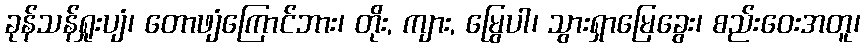
ခုန်သန်ရှုးပျံ၊ တောဖျံကြောင်ဘား၊ တိုး, ကျား, မြွေပါ၊ သွားရှာမြေခွေး၊ စည်းဝေးအတူ၊